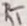
Text: RT